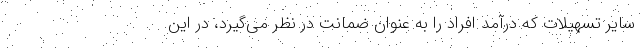
سایر تسهیلات که درآمد افراد را به عنوان ضمانت در نظر می‌گیرد، در این